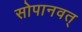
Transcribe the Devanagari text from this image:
सोपानवत्‌